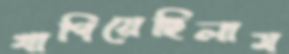
খাপিয়েছিলাম